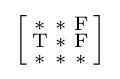
{\Bigl [}{\begin{smallmatrix}\mathrm {*} &\mathrm {*} &\mathrm {F} \\\mathrm {T} &\mathrm {*} &\mathrm {F} \\\mathrm {*} &\mathrm {*} &\mathrm {*} \end{smallmatrix}}{\Bigr ]}